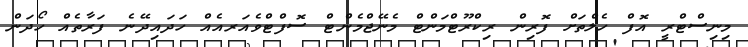
މިނިސްޓްރީ އޮފް ހެލްތަށް ފޮރިން ރިކްރޫޓްމަންޓް މެނޭޖްމެންޓް ސޮފްޓްވެއަރއެއް ހަދައިދޭނެ ފަރާތެއް ހޯދަން